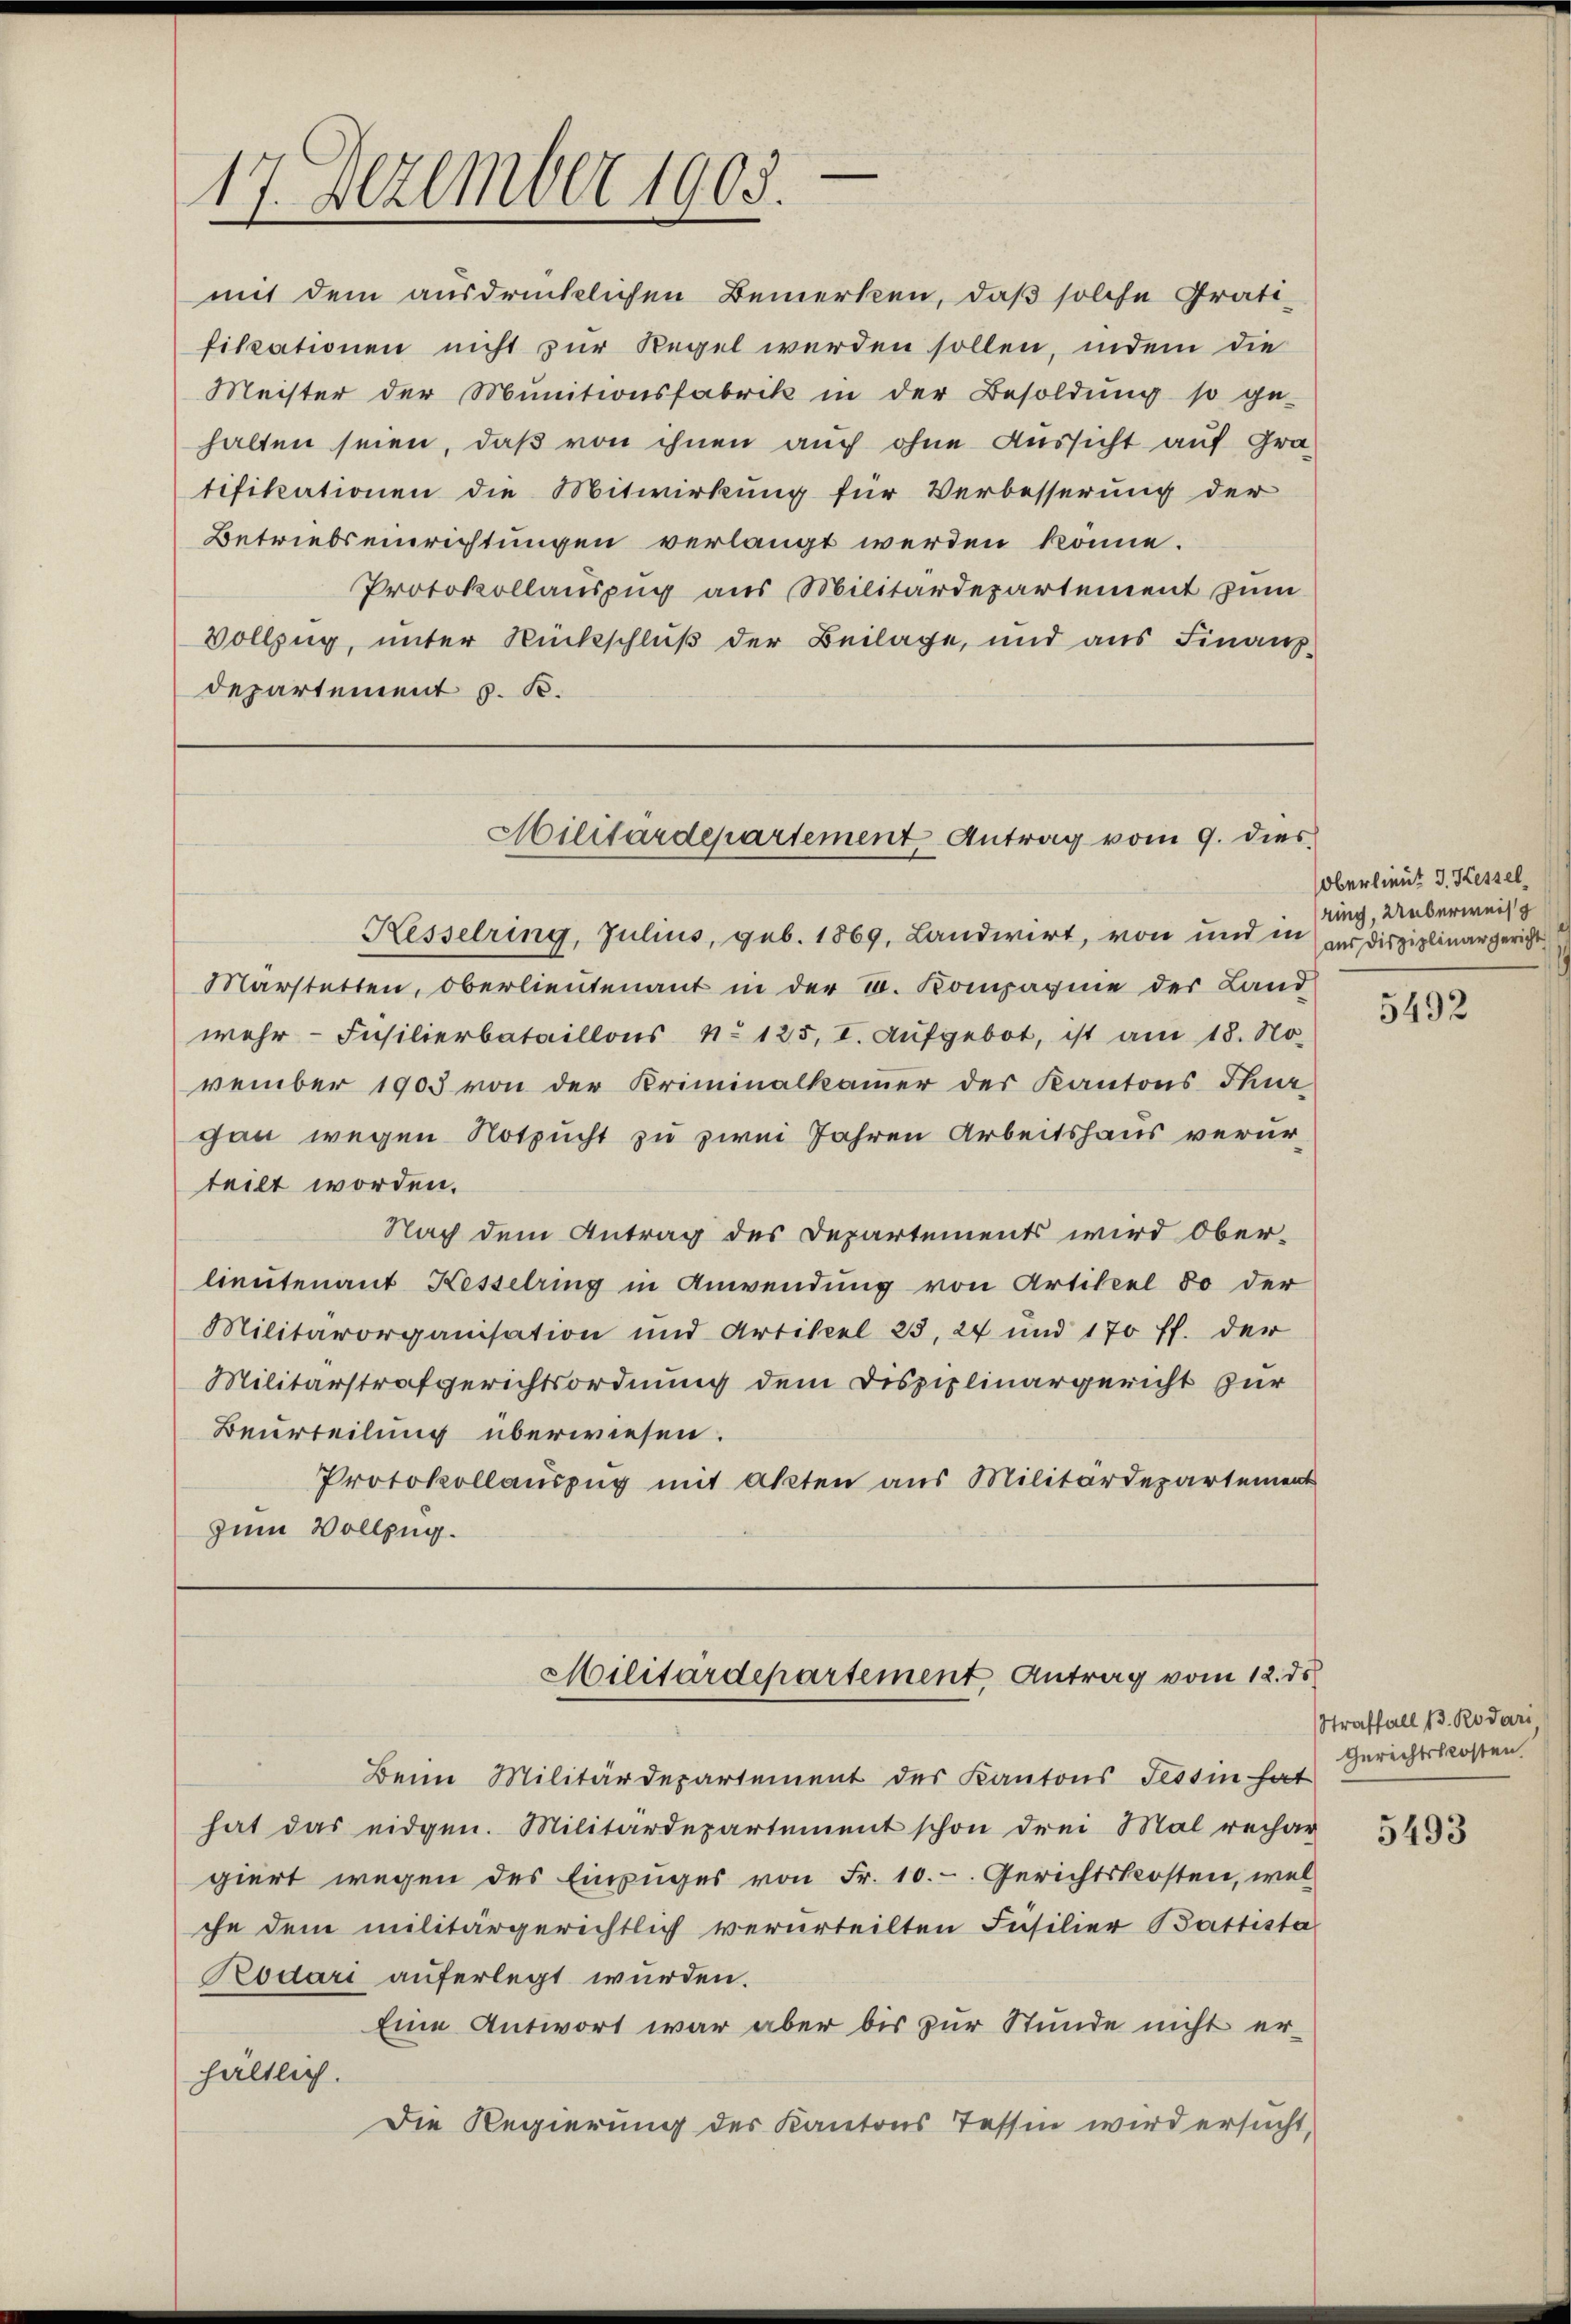
17. Dezember 1905.

mit dem ausdrücklichen Bemerken, daß solche Grati-
fikationen nicht zur Regel werden sollen, indem die
Meister der Munitionsfabrik in der Besoldŭng so ge-
halten seien, daß von ihnen auch ohne Aussicht auf Gratifikationen die Mitwirkung für Verbesserung der
Betriebseinrichtungen verlangt werden könne.
Protokollauszug aus Militärdepartement zum
Vollzug, unter Rückschluß der Beilage, und aus Finanzdepartement z. R.

Militärdepartement Antrag vom 9. dies

Kesselring, Julius, geb. 1869, Landwirt, von und in der Disziplinargericht
Marstetten, Oberlieutenant in der u. Kompagnie der Land
wehr-Insilierbataillons No 125, I. Aufgebot, ist am 18. No.
vember 1903 von der Kriminalkammer des Kantons Thur
gan wegen Notzucht zu zwei Jahren Arbeitshaus verurteilt worden.
Nach dem Antrag des Departements wird oberlieutenant Kesselring in Anwendung von Artikel 80 der
Militärorganisation und Artikel 25, 24 und 170 ff. der
Militärstrafgerichtsordnung dem Disziplinargericht zur
Beurteilung überwiesen.
Protokollauszug mit Akten aus Militärdepartement
zum Vollzug.
Militärdepartement, Antrag vom 12. ds
Beim Militärdepartement des Kantons Tessin hat
hat das eidgen. Militärdepartement schon drei Mal rechar
giert wegen des Einzuges von Fr. 10.-. Gerichtskosten, wel
che dem militärgerichtlich verurteilten Füsilier Battista
Rodari auferlegt wurden.
Eine Antwort war aber bis zur Stunde nicht erhältlich.
Die Regierung des Kantons Tessin wird ersucht,

Oberlieut. J. Kessel
ring, Ueberweis

5492

Straffall 13. Rodari
Gerichtskosten.

5493